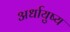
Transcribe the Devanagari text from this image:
अर्धायुष्य